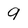
Character: 9